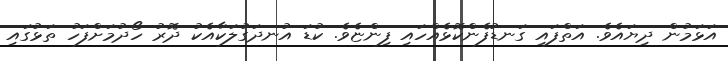
އަޅަމުން ދިޔައެވެ. އަތްފައި ގަނޑުފެންކޮޅެއްހައި ފިންޏެވެ. ކުޑަ އުނދަގުލަކާއެކު ދޮރު ހޯދުމަށްފަހު ތަޅުގައި